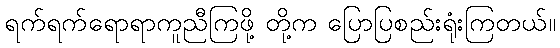
ရက်ရက်ရောရာကူညီကြဖို့ တို့က ပြောပြစည်းရုံးကြတယ်။